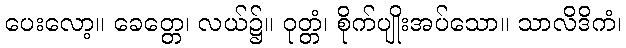
ပေးလော့။ ခေတ္တေ၊ လယ်၌။ ဝုတ္တံ၊ စိုက်ပျိုးအပ်သော။ သာလိဒိကံ၊